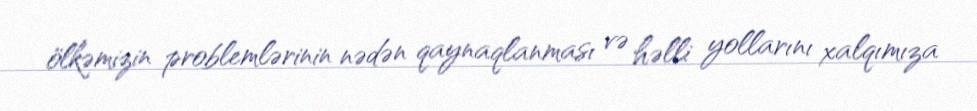
ölkəmizin problemlərinin nədən qaynaqlanması və həlli yollarını xalqımıza